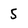
Character: S